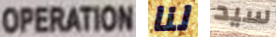
OPERATION لنا سيد